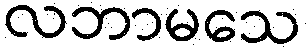
လဘာမသေ